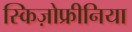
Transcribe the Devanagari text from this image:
स्किज़ोफ्रीनिया